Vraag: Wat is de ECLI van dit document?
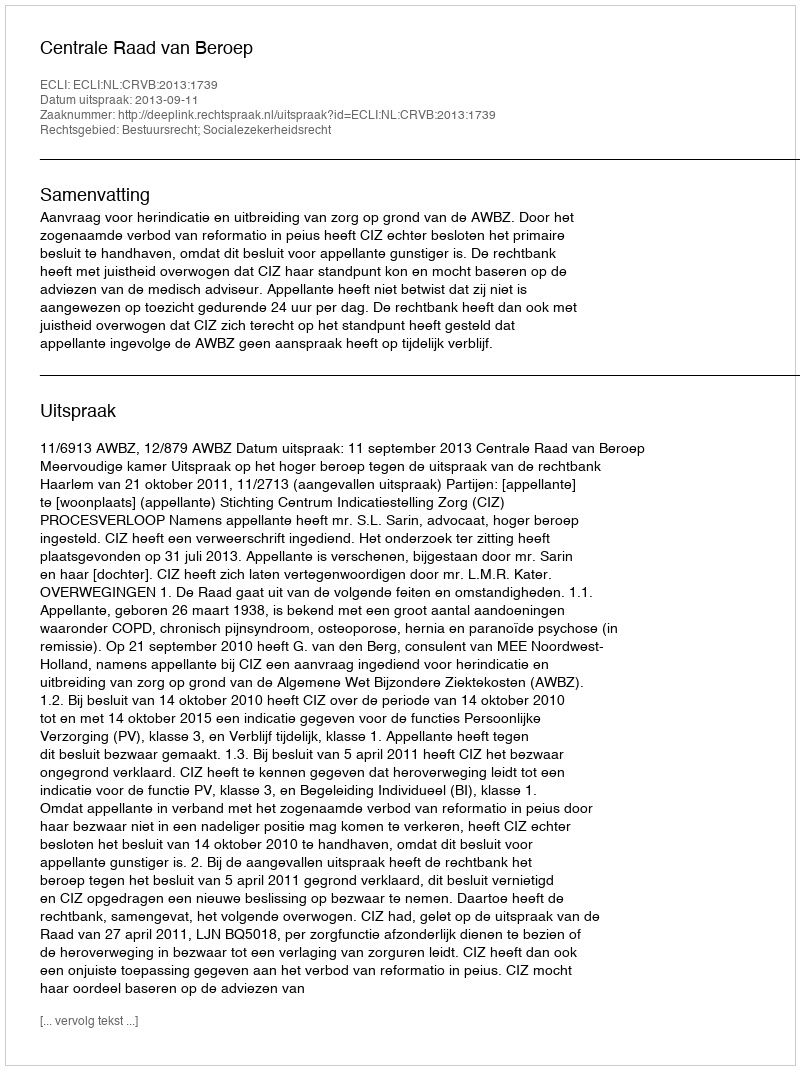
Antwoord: ECLI:NL:CRVB:2013:1739